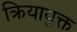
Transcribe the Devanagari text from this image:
क्रियायुक्त